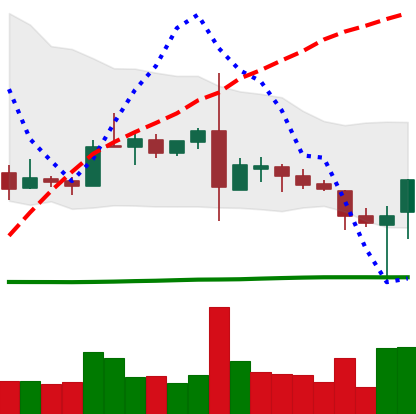
Ticker: TRX-USD
Chart end date: 2019-03-05
Forward return: -3.859%
Label: down_3_5